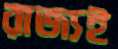
রাজ্যই